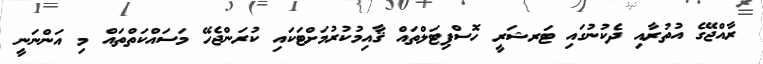
ރާއްޖޭގެ އުތުރާއި ދެކުނުގައި ޓަރޝަރީ ހޮސްޕިޓަލްތައް ޤާއިމުކުރުމަށްޓަކައި ކުރަންޖެހޭ މަސައްކަތްތައް މި އަންނަނީ